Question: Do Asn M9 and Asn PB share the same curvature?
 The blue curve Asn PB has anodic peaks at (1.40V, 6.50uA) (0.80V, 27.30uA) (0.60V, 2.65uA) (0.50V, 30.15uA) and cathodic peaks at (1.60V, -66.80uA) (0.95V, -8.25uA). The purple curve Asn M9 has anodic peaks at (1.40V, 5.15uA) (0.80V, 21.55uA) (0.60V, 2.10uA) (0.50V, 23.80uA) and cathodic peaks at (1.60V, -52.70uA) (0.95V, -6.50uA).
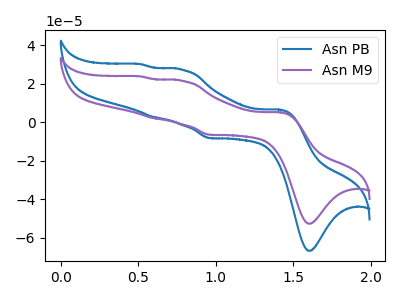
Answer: <think>All the peaks in "Asn M9" have a peak in "Asn PB" at the same potential. Every peak in "Asn M9" is lower than every peak in "Asn PB".
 </think>
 <answer>"Asn M9" and "Asn PB" are similar in shape.</answer>
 <eval>same_shape</eval>